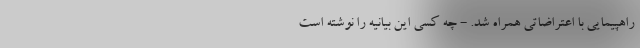
راهپیمایی با اعتراضاتی همراه شد. - چه کسی این بیانیه را نوشته است